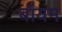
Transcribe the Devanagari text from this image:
बॉयम